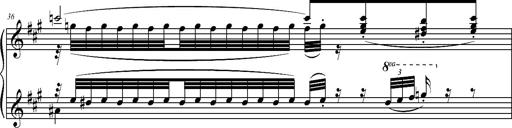
Title: 2 LÃ©gendes
Composer: Franz Liszt